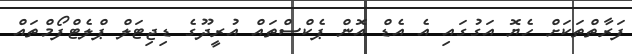
ފަރާތްތަކަށް ހެޔޮ އަގުގައި އެ އެޑް އޮން ޕެކްސްތައް އުރީދޫގެ ޑިޖިޓަލް ޕްލެޓްފޯމްތައް